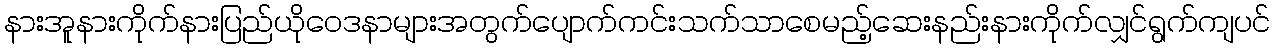
နားအူနားကိုက်နားပြည်ယိုဝေဒနာများအတွက်ပျောက်ကင်းသက်သာစေမည့်ဆေးနည်းနားကိုက်လျှင်ရွက်ကျပင်